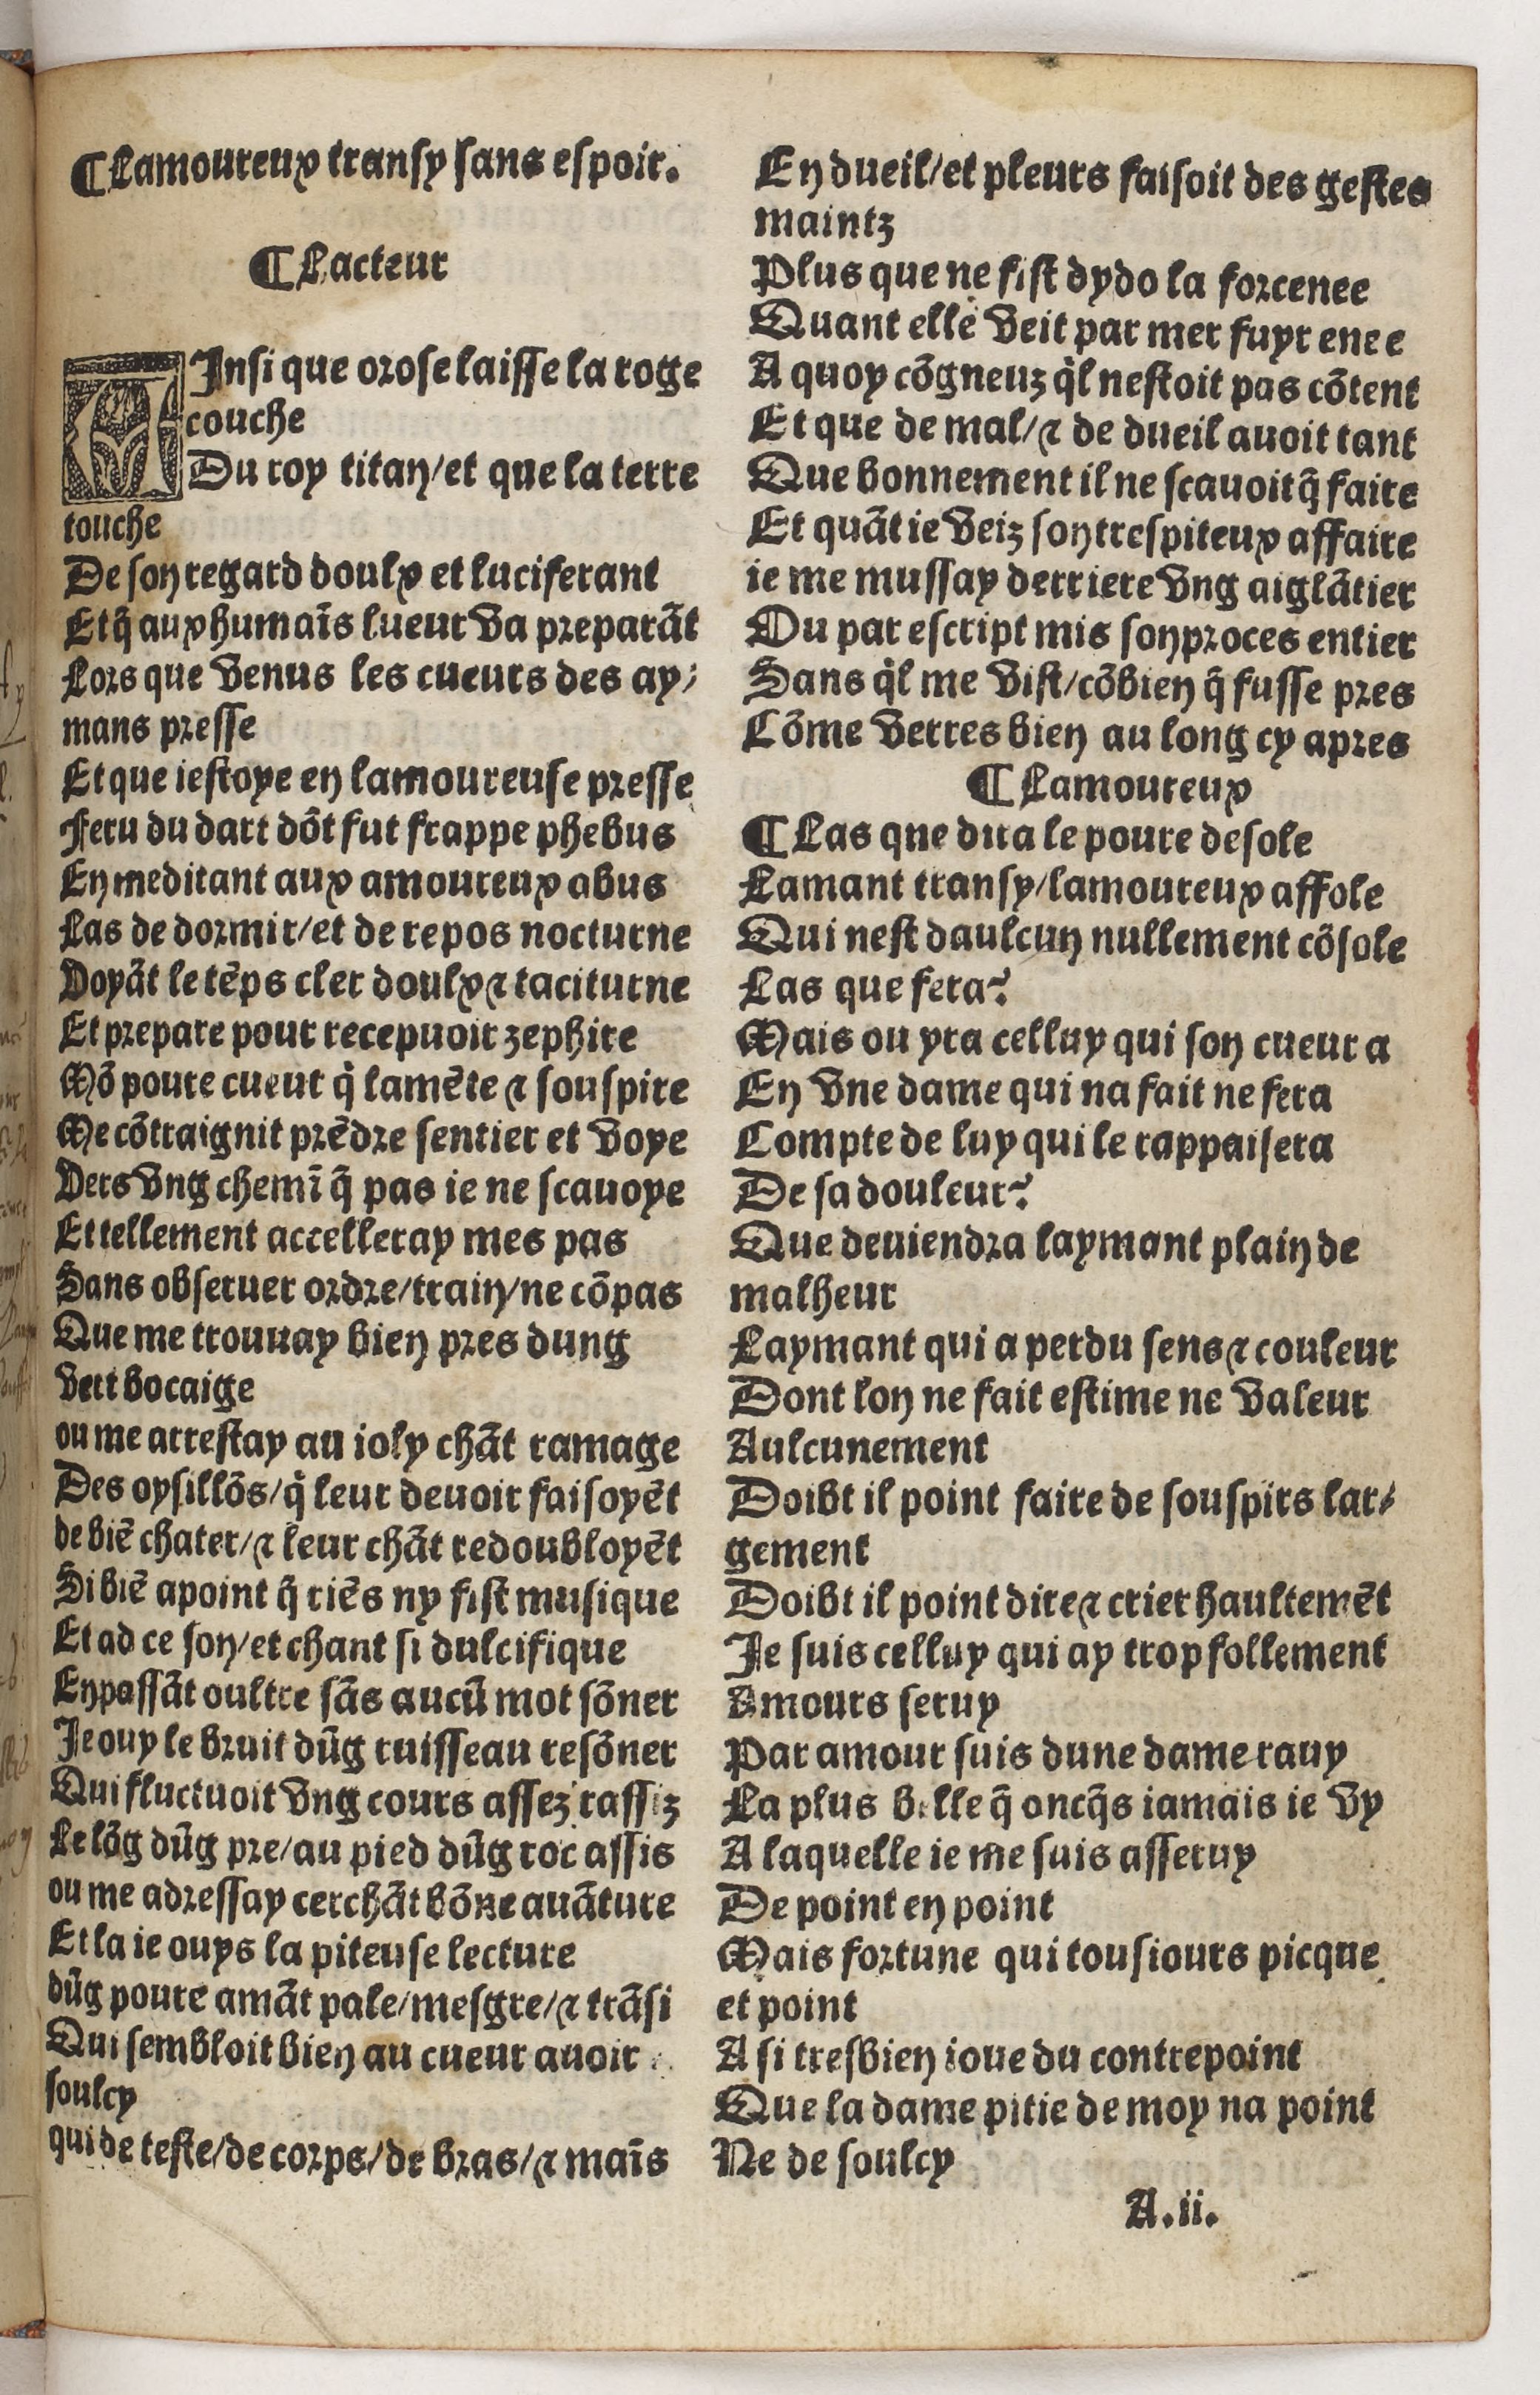
Shelfmark: Paris, BnF, Rés. Y2-930
Century: 15